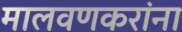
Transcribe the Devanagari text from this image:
मालवणकरांना